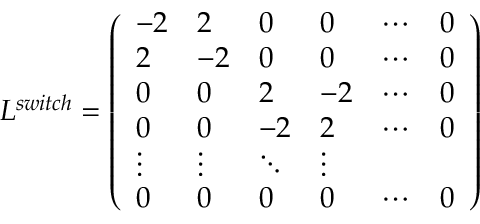
L ^ { s w i t c h } = \left( \begin{array} { l l l l l l } { - 2 } & { 2 } & { 0 } & { 0 } & { \cdots } & { 0 } \\ { 2 } & { - 2 } & { 0 } & { 0 } & { \cdots } & { 0 } \\ { 0 } & { 0 } & { 2 } & { - 2 } & { \cdots } & { 0 } \\ { 0 } & { 0 } & { - 2 } & { 2 } & { \cdots } & { 0 } \\ { \vdots } & { \vdots } & { \ddots } & { \vdots } \\ { 0 } & { 0 } & { 0 } & { 0 } & { \cdots } & { 0 } \end{array} \right)